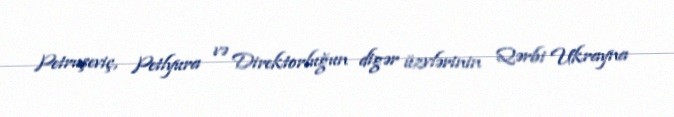
Petruşeviç, Petlyura və Direktorluğun digər üzvlərinin Qərbi Ukrayna